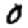
Digit: 0